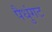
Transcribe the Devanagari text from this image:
पैधुंगट